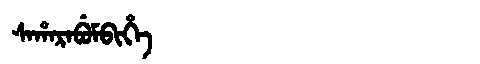
Manchu: ᠰᠠᡥᠠᡵᠠᠪᡠᠮᠪᡳᡥᡝ
Romanization: SAHARABUMBIHE